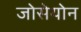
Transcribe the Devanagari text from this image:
जोसेयोन